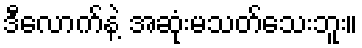
ဒီလောက်နဲ့ အဆုံးမသတ်သေးဘူး။